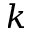
k